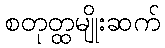
စတုတ္ထမျိုးဆက်